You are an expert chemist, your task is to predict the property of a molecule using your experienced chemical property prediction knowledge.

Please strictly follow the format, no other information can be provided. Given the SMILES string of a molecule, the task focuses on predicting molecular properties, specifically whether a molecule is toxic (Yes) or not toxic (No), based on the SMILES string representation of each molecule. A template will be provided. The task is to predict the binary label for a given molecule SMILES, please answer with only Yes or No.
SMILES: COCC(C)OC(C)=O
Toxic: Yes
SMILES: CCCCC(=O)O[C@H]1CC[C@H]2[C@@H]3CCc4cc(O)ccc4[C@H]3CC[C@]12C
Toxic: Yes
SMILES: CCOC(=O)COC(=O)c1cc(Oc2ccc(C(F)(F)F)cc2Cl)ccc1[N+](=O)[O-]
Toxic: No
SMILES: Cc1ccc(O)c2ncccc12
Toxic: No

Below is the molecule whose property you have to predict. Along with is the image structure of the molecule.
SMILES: C=CC(C)(CCC=C(C)C)OC(=O)c1ccccc1
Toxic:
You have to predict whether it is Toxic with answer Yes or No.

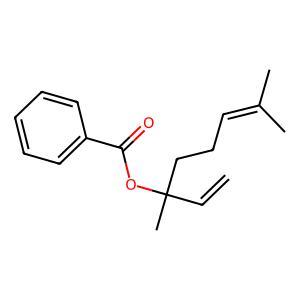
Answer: No